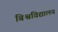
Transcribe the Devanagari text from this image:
बिश्वविद्यालय